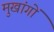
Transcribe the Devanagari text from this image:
मुखांगों